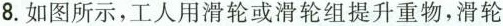
8.如图所示，工人用滑轮或滑轮组提升重物，滑轮